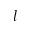
l